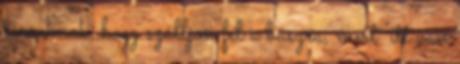
társuknak, hogy szálljon fel a buszra, mert "itt van